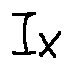
I _ { X }